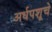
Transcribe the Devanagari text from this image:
अर्धपशूचे